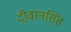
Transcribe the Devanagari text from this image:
दीवानसिंह